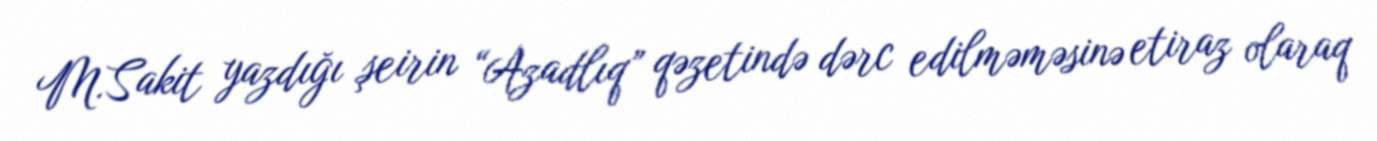
M.Sakit yazdığı şeirin “Azadlıq” qəzetində dərc edilməməsinə etiraz olaraq